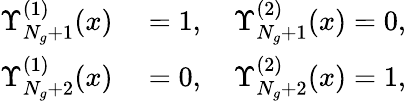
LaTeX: \begin{array}{rl}{\Upsilon_{N_{g}+1}^{(1)}(x)}&{{}=1,\quad\Upsilon_{N_{g}+1}^{(2)}(x)=0,}\\ {\Upsilon_{N_{g}+2}^{(1)}(x)}&{{}=0,\quad\Upsilon_{N_{g}+2}^{(2)}(x)=1,}\end{array}